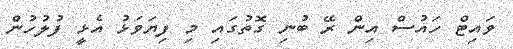
ވައިޓް ހައުސް އިން ރޭ ބުނި ގޮތުގައި މި ފިޔަވަޅު އެޅީ ފުލުހުން